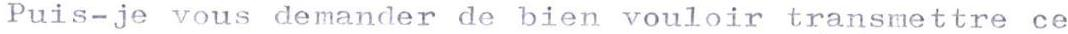
Puis-je vous demander de bien vouloir transmettre ce